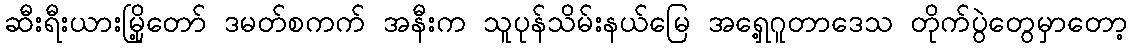
ဆီးရီးယားမြို့တော် ဒမတ်စကက် အနီးက သူပုန်သိမ်းနယ်မြေ အရှေ့ဂူတာဒေသ တိုက်ပွဲတွေမှာတော့